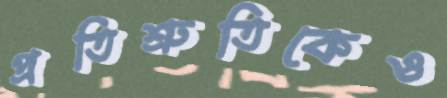
প্রতিশ্রুতিকেও